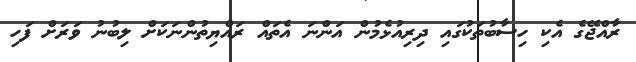
ރާއްޖޭގެ އެކި ހިސާބުތަކުގައި ދިރިއުޅެމުން އަންނަ އެތައް ރައްޔިތުންނަކަށް ލިބުނު ވަރަށް ފަހި